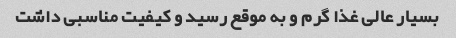
بسیار عالی غذا گرم و به موقع رسید و کیفیت مناسبی داشت